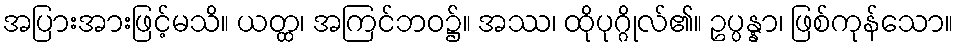
အပြားအားဖြင့်မသိ။ ယတ္ထ၊ အကြင်ဘဝ၌။ အဿ၊ ထိုပုဂ္ဂိုလ်၏။ ဥပ္ပန္နာ၊ ဖြစ်ကုန်သော။